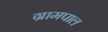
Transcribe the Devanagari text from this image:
ग्रामपाल